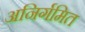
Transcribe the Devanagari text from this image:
अनिर्गमित